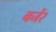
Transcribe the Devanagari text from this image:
बर्जेर